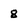
Character: 8